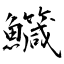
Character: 鱵